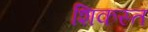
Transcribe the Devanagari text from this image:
शिकस्‍त